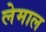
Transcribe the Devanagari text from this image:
लेमाल